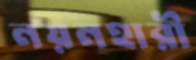
নয়নহারী